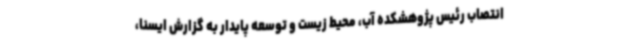
انتصاب رئیس پژوهشکده آب، محیط‌ زیست و توسعه پایدار به گزارش ایسنا،